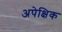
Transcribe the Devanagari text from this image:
अपेक्षिक